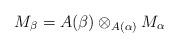
LaTeX: \begin{align*}M_\beta = A(\beta)\otimes_{A(\alpha)}M_\alpha\end{align*}